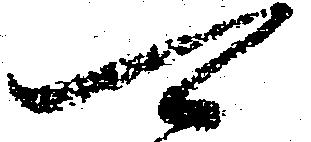
可